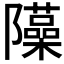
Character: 𨽣